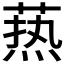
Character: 𦶟